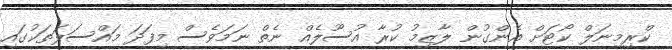
ކްރިމިނަލް ކޯޓަށް އެންގުން ލާޒިމު ކުރާ އުސޫލެއް ނެތް ނަމަވެސް މިފަދަ މައްސަލަތަކުގައި